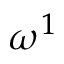
\omega ^ { 1 }